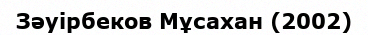
Зәуірбеков Мұсахан (2002)